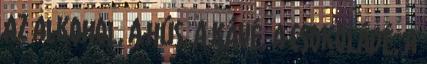
Az alkohol, a hús, a kávé, a csokoládé, a